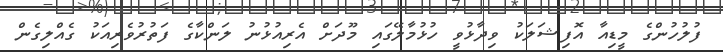
ފުލުހުންގެ މީޑިއާ އޮފިޝަލަކު ވިދާޅުވީ ހުޅުމާލޭގައި މޫދަށް އެރިއުޅުނު ލަންކާގެ ފަތުރުވެރިއަކު ގެއްލިގެން